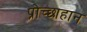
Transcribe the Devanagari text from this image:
प्रोच्छाहान